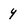
Character: y